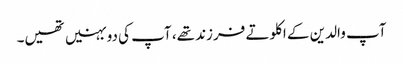
آپ والدین کے اکلوتے فرزند تھے، آپ کی دو بہنیں تھیں۔